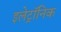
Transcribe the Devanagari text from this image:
इलेट्रॉनिक